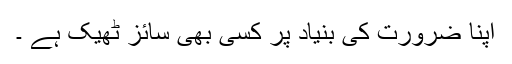
اپنا ضرورت کی بنیاد پر کسی بھی سائز ٹھيک ہے ۔